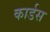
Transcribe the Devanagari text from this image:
कार्डस